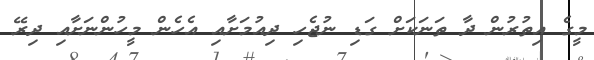
މީގެ އިތުރުން ދާ ތަނަކަށް ގަޑި ނުޖެހި ދިއުމަށާއި އެހެން މީހުންނަށާއި ދިރޭ